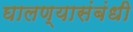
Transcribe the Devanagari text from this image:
घालण्यासंबंधी